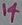
Text: 14